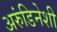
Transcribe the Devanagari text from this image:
अरुंडिनेशी